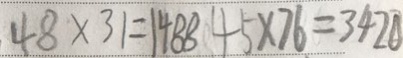
4 8 \times 3 1 = 1 4 8 8 4 5 \times 7 6 = 3 4 2 0